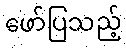
ဖော်ပြသည့်